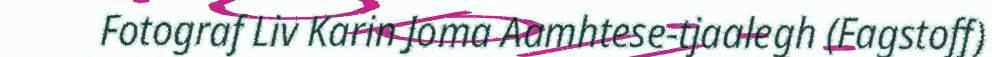
Fotograf Liv Karin Joma Aamhtese-tjaalegh (Fagstoff)